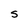
Character: S